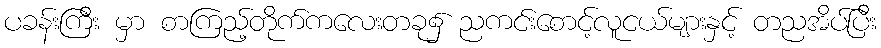
ပခန်းကြီး မှာ စာကြည့်တိုက်ကလေးတခု၌ ညကင်းစောင့်လူငယ်များနှင့် တညအိပ်ပြီး